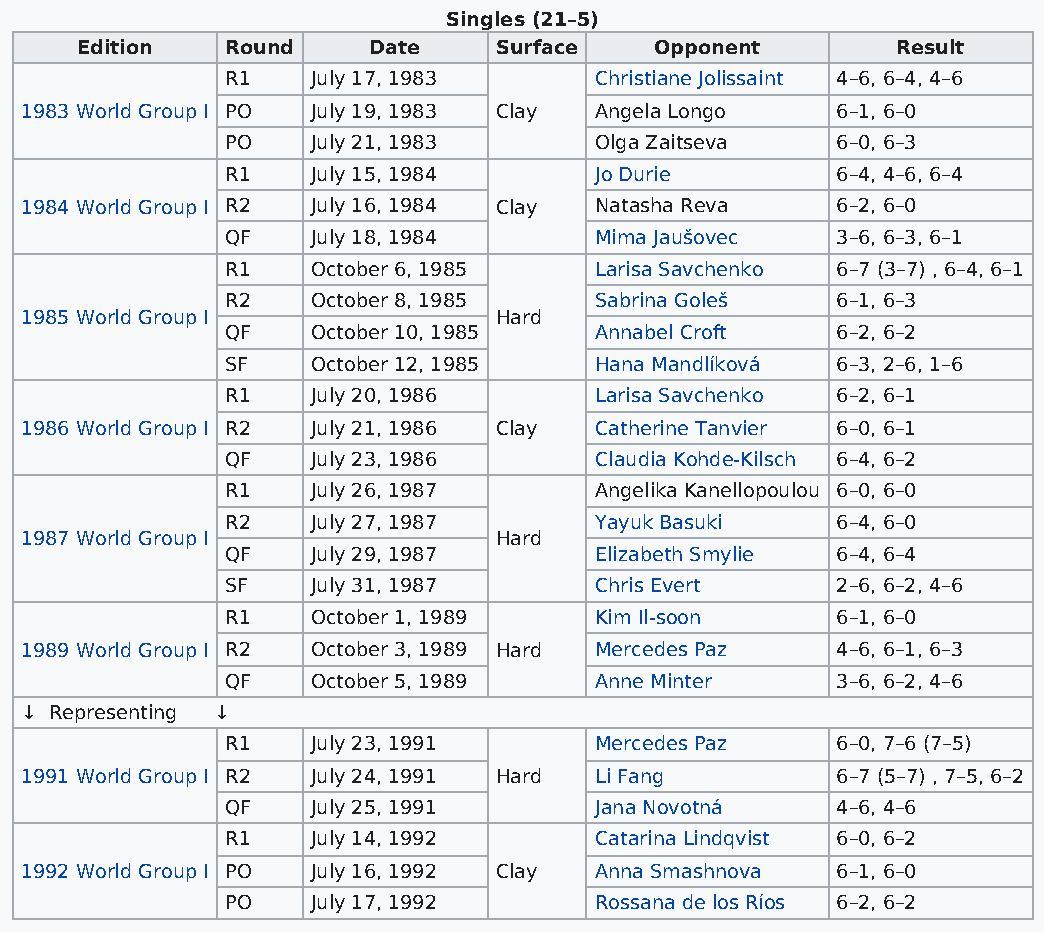
Singles (21–5)
 Edition   Round    Date     Surface   Opponent        Result
 R1    July 17, 1983     Christiane Jolissaint 4–6, 6–4, 4–6
 1983 World Group I PO July 19, 1983 Clay Angela Longo 6–1, 6–0
 PO    July 21, 1983     Olga Zaitseva   6–0, 6–3
 R1    July 15, 1984     Jo Durie        6–4, 4–6, 6–4
 1984 World Group I R2 July 16, 1984 Clay Natasha Reva 6–2, 6–0
 QF    July 18, 1984     Mima Jaušovec   3–6, 6–3, 6–1
 R1    October 6, 1985   Larisa Savchenko 6–7 (3–7) , 6–4, 6–1
 R2    October 8, 1985   Sabrina Goleš   6–1, 6–3
 1985 World Group I              Hard
 QF    October 10, 1985  Annabel Croft   6–2, 6–2
 SF    October 12, 1985  Hana Mandlíková 6–3, 2–6, 1–6
 R1    July 20, 1986     Larisa Savchenko 6–2, 6–1
 1986 World Group I R2 July 21, 1986 Clay Catherine Tanvier 6–0, 6–1
 QF    July 23, 1986     Claudia Kohde-Kilsch 6–4, 6–2
 R1    July 26, 1987     Angelika Kanellopoulou 6–0, 6–0
 R2    July 27, 1987     Yayuk Basuki    6–4, 6–0
 1987 World Group I              Hard
 QF    July 29, 1987     Elizabeth Smylie 6–4, 6–4
 SF    July 31, 1987     Chris Evert     2–6, 6–2, 4–6
 R1    October 1, 1989   Kim Il-soon     6–1, 6–0
 1989 World Group I R2 October 3, 1989 Hard Mercedes Paz 4–6, 6–1, 6–3
 QF    October 5, 1989   Anne Minter     3–6, 6–2, 4–6
 ↓ Representing ↓
 R1    July 23, 1991     Mercedes Paz    6–0, 7–6 (7–5)
 1991 World Group I R2 July 24, 1991 Hard Li Fang      6–7 (5–7) , 7–5, 6–2
 QF    July 25, 1991     Jana Novotná    4–6, 4–6
 R1    July 14, 1992     Catarina Lindqvist 6–0, 6–2
 1992 World Group I PO July 16, 1992 Clay Anna Smashnova 6–1, 6–0
 PO    July 17, 1992     Rossana de los Ríos 6–2, 6–2